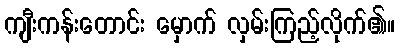
ကျီးကန်းတောင်း မှောက် လှမ်းကြည့်လိုက်၏။